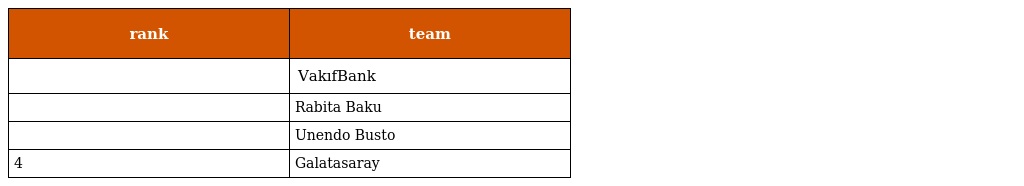
| rank | team |
 | --- | --- |
 |  | VakıfBank |
 |  | Rabita Baku |
 |  | Unendo Busto |
 | 4 | Galatasaray |